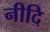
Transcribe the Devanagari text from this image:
नीदि